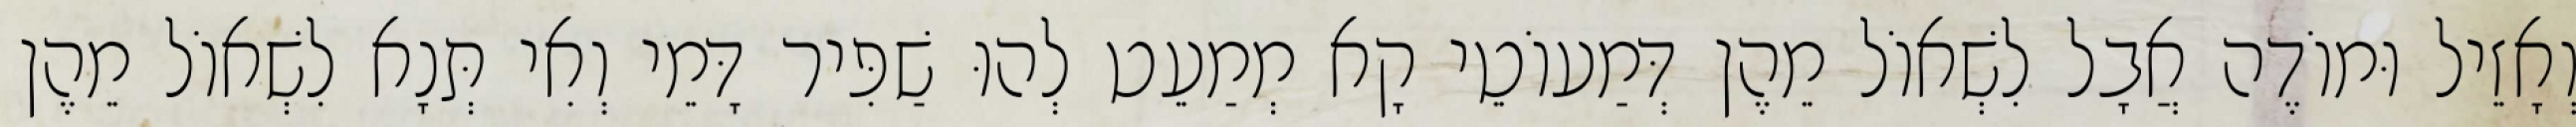
וְאָזֵיל וּמוֹדֶה אֲבָל לִשְׁאוֹל מֵהֶן דְּמַעוֹטֵי קָא מְמַעֵט לְהוּ שַׁפִּיר דָּמֵי וְאִי תְּנָא לִשְׁאוֹל מֵהֶן